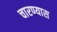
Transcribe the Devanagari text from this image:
चारण्यास